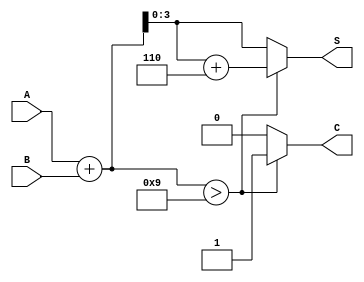
`timescale 1ns / 1ps

module bcdadder(A,B,S,C);
input[3:0] A,B;
output[3:0] S;
output C;
reg[4:0] temp;
reg[3:0] S;
reg C;
always @ ( * )
	begin
		temp = A + B;
		if(temp > 9)
			begin
				temp = temp+6;
				C=1;
				S=temp[3:0];
			end
		else
			begin
				C=0;
				S=temp[3:0];
			end
	end
endmodule